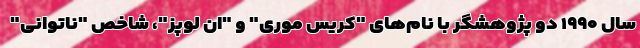
سال ۱۹۹۰ دو پژوهشگر با نام‌های "کریس موری" و "ان لوپز"، شاخص "ناتوانی"